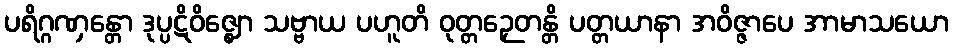
ပရိဂ္ဂဏှန္တော ဒုပ္ပဋိဝိဇ္ဈော သဗ္ဗာယ ပဟူတိ ဝုတ္တဉှေတန္တိ ပတ္တယာနာ အဝိဇ္ဇာပေ အာမာသယော